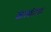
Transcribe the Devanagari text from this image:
जास्वंदाचा